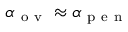
\alpha _ { \mathrm { ~ o ~ v ~ } } \approx \alpha _ { \mathrm { ~ p ~ e ~ n ~ } }